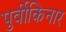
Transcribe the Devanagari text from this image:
पुर्वीकिनार